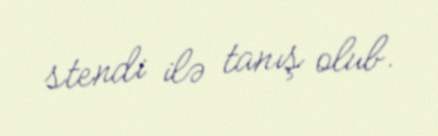
stendi ilə tanış olub.